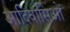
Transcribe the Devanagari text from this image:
आदिवासिओं